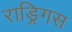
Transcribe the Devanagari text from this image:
राड्रिगस